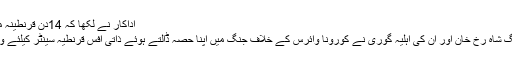
اداکار نے لکھا کہ 14دن قرنطینہ مزید پڑھیں
بالی وڈ کنگ شاہ رخ خان اور ان کی اہلیہ گوری نے کورونا وائرس کے خلاف جنگ میں اپنا حصہ ڈالتے ہوئے ذاتی آفس قرنطیہ سینٹر کیلئے وقف کر دیا۔